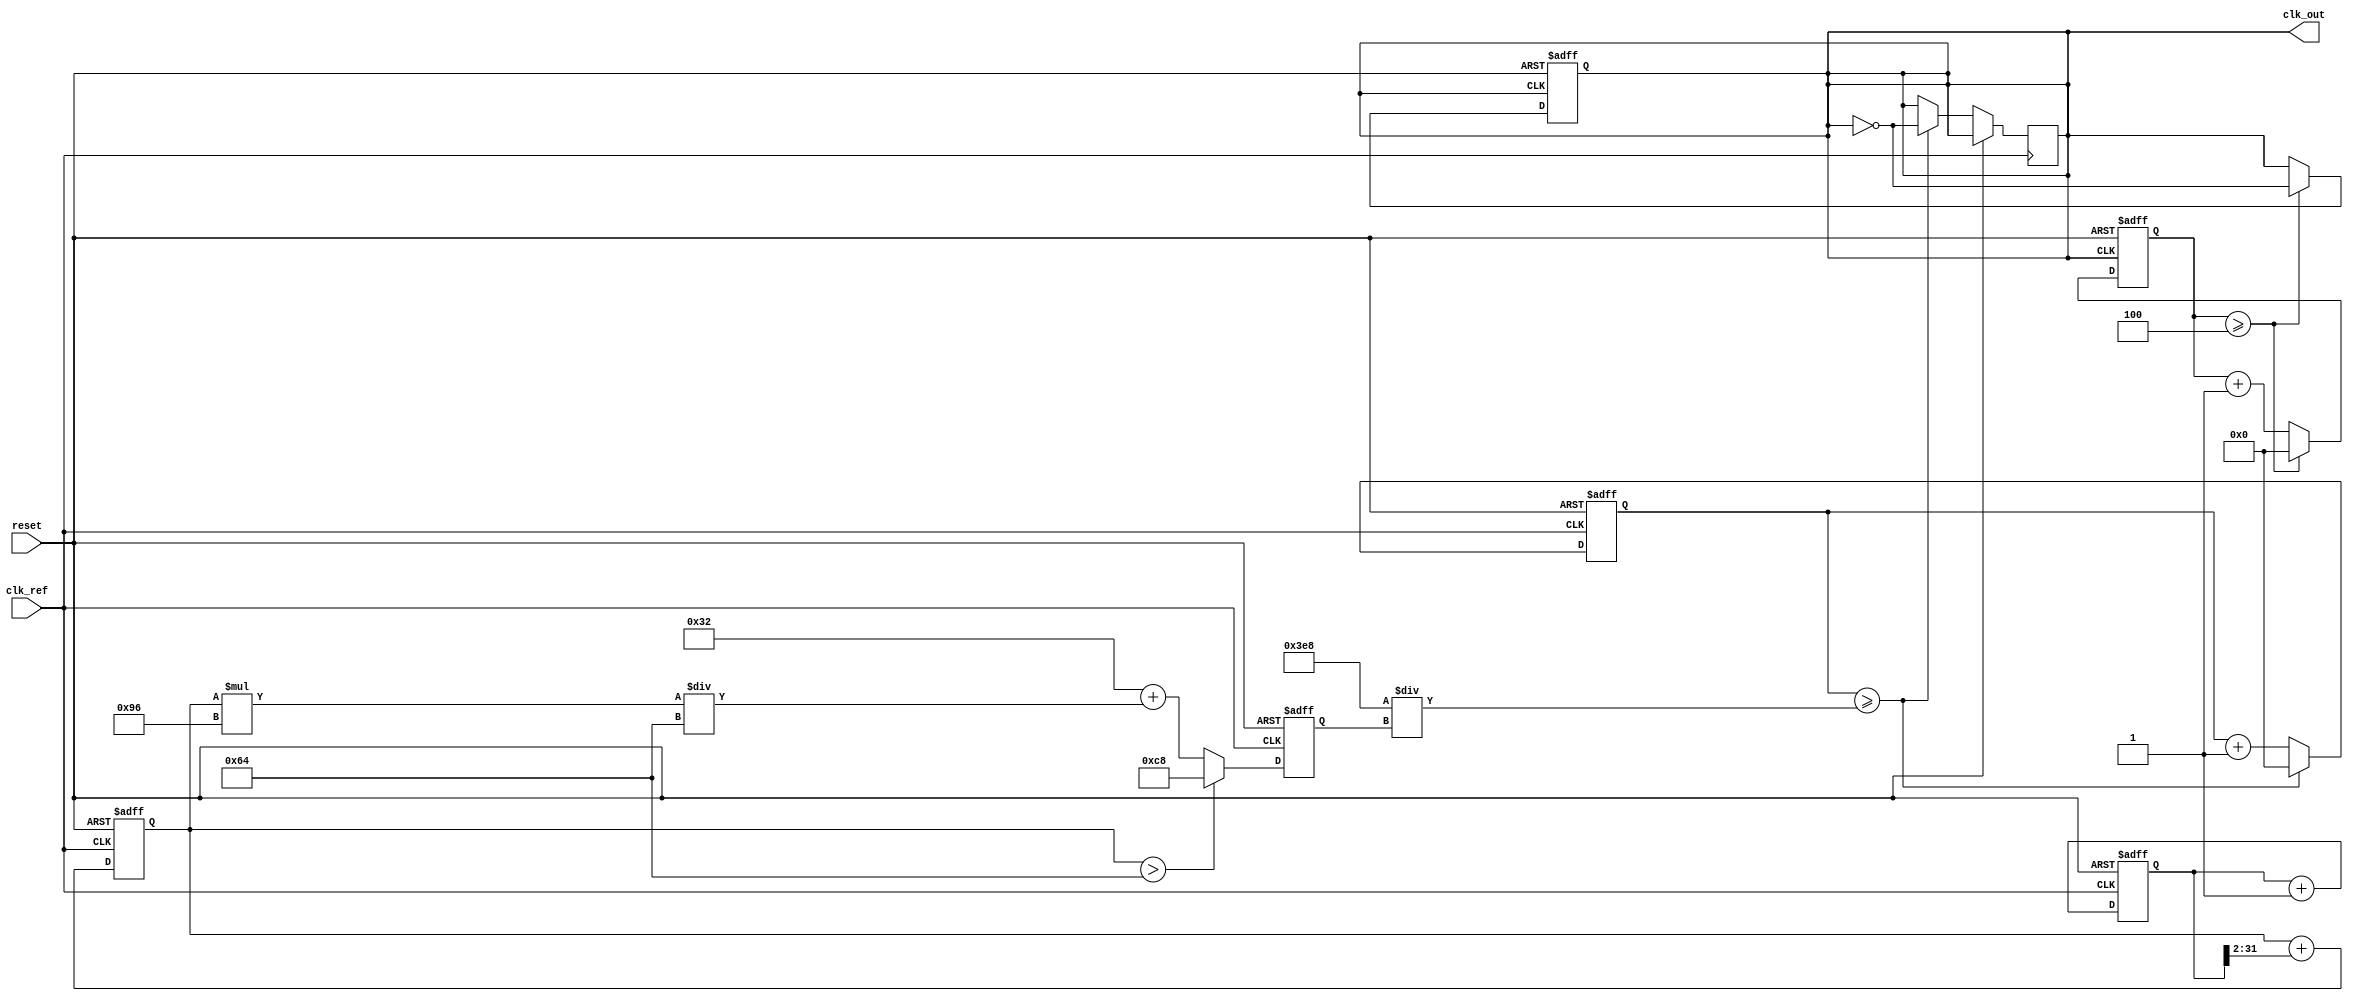
module low_jitter_pll (
    input wire clk_ref,          // Reference clock input
    input wire reset,            // Asynchronous reset
    output reg clk_out           // Output clock
);

// Parameters for the PLL
parameter DIV_FACTOR = 4;       // Frequency divider factor
parameter VCO_MAX_FREQ = 200;   // Maximum VCO frequency (in MHz)
parameter VCO_MIN_FREQ = 50;    // Minimum VCO frequency (in MHz)

// Internal signals
reg [31:0] phase_error;          // Phase error signal
reg [31:0] control_voltage;       // Control voltage for VCO
reg [31:0] vco_freq;              // VCO frequency
reg [31:0] vco_counter;           // VCO counter for clock generation
reg [31:0] loop_filter_output;    // Output of the loop filter
reg [31:0] vco_tuning;            // VCO tuning signal

// Phase Detector (PD)
always @(posedge clk_ref or posedge reset) begin
    if (reset) begin
        phase_error <= 0;
    end else begin
        // Simple phase error calculation (for illustrative purposes)
        // In a real design, this would compare the phase of clk_ref and clk_out
        phase_error <= phase_error + 1; // Placeholder for actual phase detection logic
    end
end

// Loop Filter (LF)
always @(posedge clk_ref or posedge reset) begin
    if (reset) begin
        control_voltage <= 0;
    end else begin
        // Simple first-order loop filter (for illustrative purposes)
        control_voltage <= control_voltage + (phase_error >> 2); // Placeholder for actual filtering logic
    end
end

// Voltage-Controlled Oscillator (VCO)
always @(posedge clk_ref or posedge reset) begin
    if (reset) begin
        vco_freq <= VCO_MIN_FREQ;
        vco_counter <= 0;
    end else begin
        // Adjust VCO frequency based on control voltage
        // This is a simplified model; real VCO behavior would be more complex
        if (control_voltage > 100) begin
            vco_freq <= VCO_MAX_FREQ; // Set to max frequency for high control voltage
        end else begin
            vco_freq <= VCO_MIN_FREQ + (control_voltage * (VCO_MAX_FREQ - VCO_MIN_FREQ) / 100);
        end
        
        // Generate VCO clock signal
        vco_counter <= vco_counter + 1;
        if (vco_counter >= (1000 / vco_freq)) begin // Adjust based on frequency
            clk_out <= ~clk_out; // Toggle output clock
            vco_counter <= 0;
        end
    end
end

// Frequency Divider
reg [31:0] div_counter;
always @(posedge clk_out or posedge reset) begin
    if (reset) begin
        div_counter <= 0;
        clk_out <= 0;
    end else begin
        div_counter <= div_counter + 1;
        if (div_counter >= DIV_FACTOR) begin
            clk_out <= ~clk_out; // Toggle output clock after division
            div_counter <= 0;
        end
    end
end

endmodule